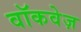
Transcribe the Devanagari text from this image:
वॉकवेज़